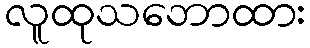
လူထုသဘောထား